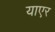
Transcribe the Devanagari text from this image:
याएर